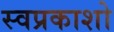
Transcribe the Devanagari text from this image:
स्वप्रकाशो